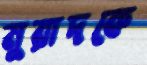
মুরাদকে